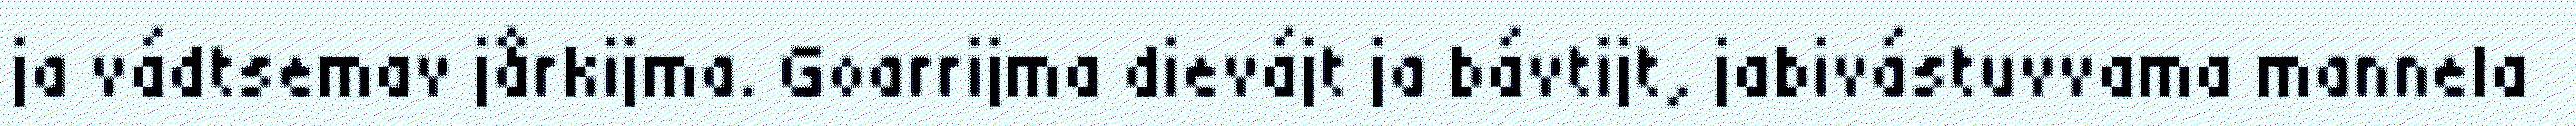
ja vádtsemav jårkijma. Goarrijma dievájt ja bávtijt, jabivástuvvama mannela